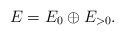
LaTeX: \begin{align*}E=E_0\oplus E_{>0}.\end{align*}